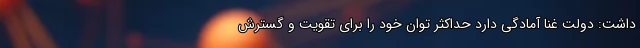
داشت: دولت غنا آمادگی دارد حداکثر توان خود را برای تقویت و گسترش